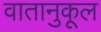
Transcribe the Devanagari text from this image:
वातानुकूल